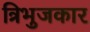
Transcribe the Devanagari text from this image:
त्रिभुजकार